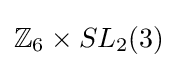
\mathbb {Z} _{6}\times SL_{2}(3)